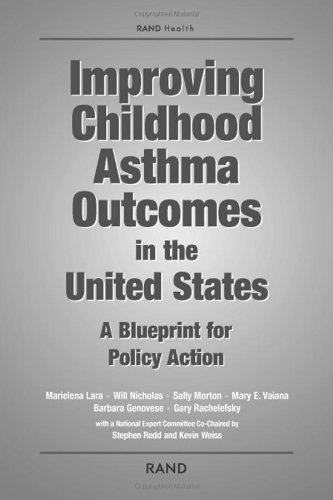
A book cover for Improving Childhood Asthma Outcomes in the United States: A Blueprint for Policy Action; Marielena Lara; Health, Fitness & Dieting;